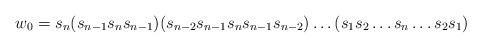
LaTeX: \begin{align*} w_0 = s_n(s_{n-1}s_ns_{n-1})(s_{n-2}s_{n-1}s_ns_{n-1}s_{n-2}) \dots (s_1s_2\dots s_n \dots s_2s_1)\end{align*}